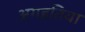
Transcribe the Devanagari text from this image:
अगहतिया